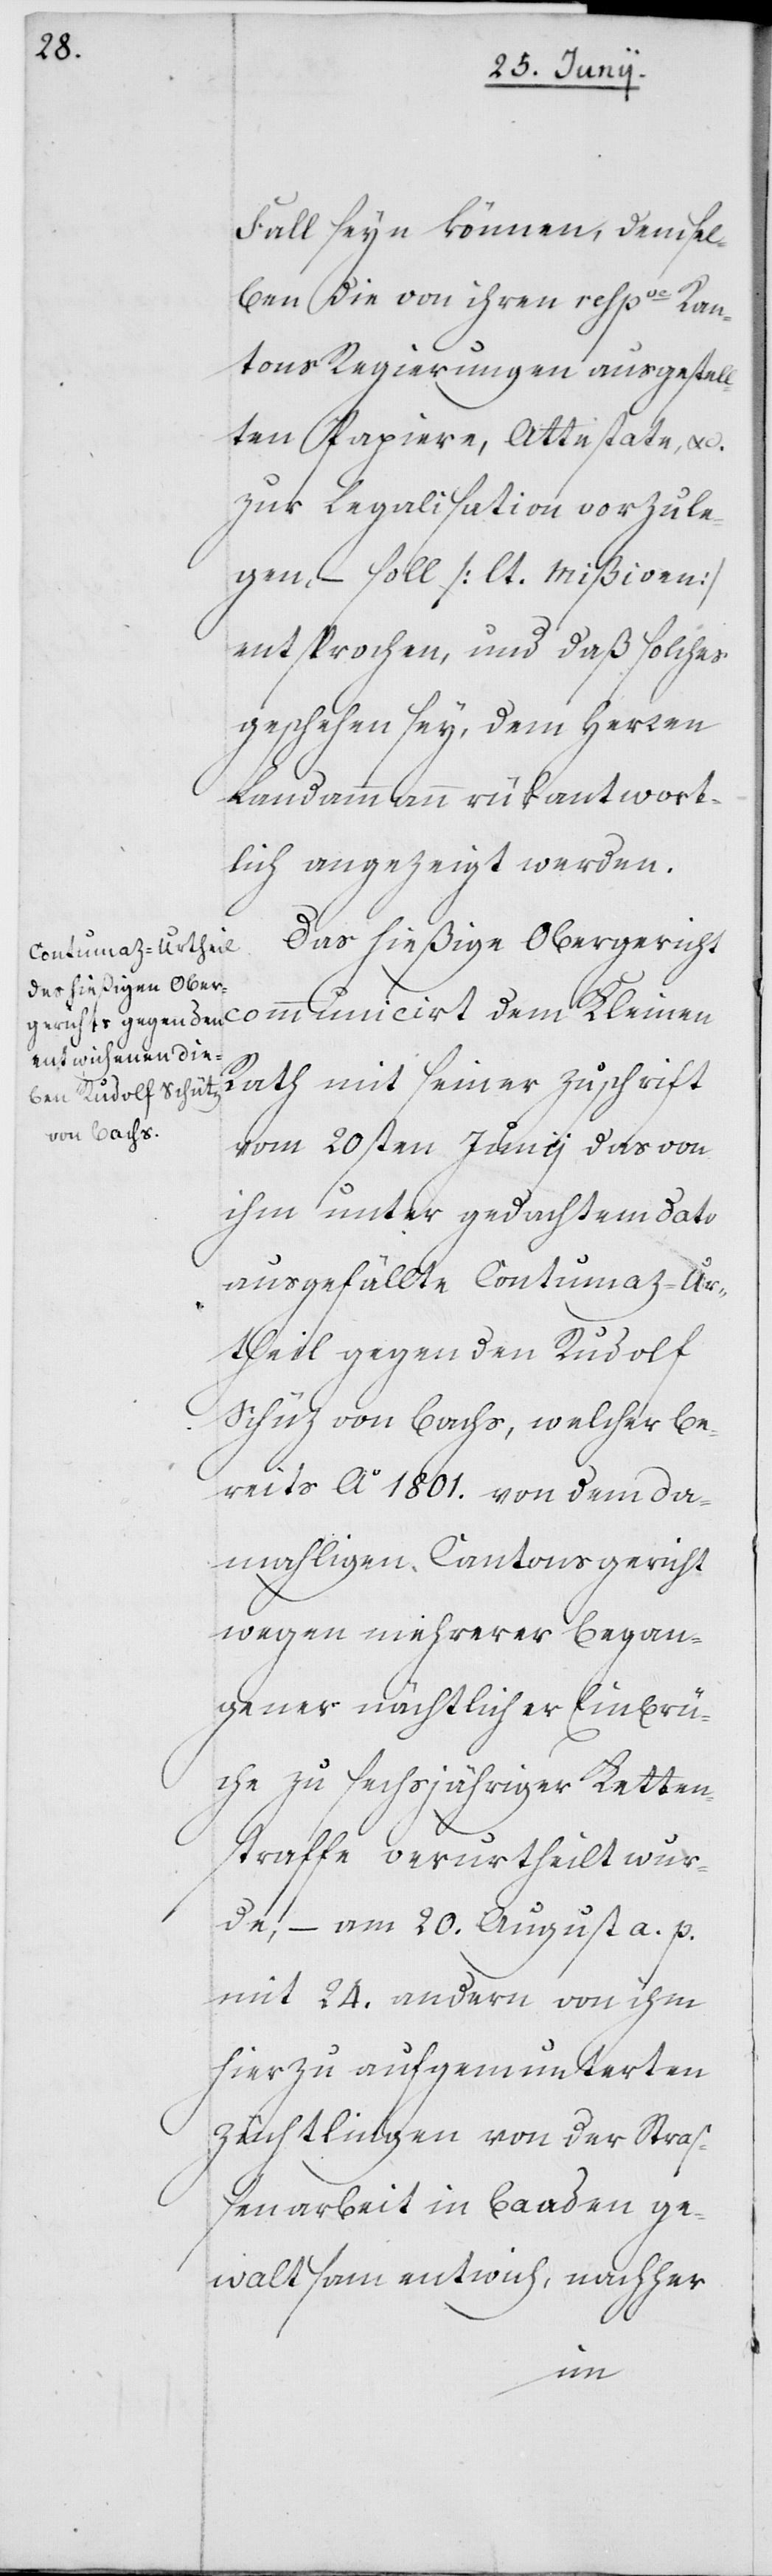
Fall seyn können, demsel¬
ben die von ihren respve Kan¬
tons Regierungen ausgestell¬
ten Papiere, Atteste, etc.
zur Legalisation vorzule¬
gen, – soll [lt. Mißiven]
entsprochen, und daß solches
geschehen sey, dem Herren
Landammann rükantwort¬
lich angezeigt werden.
Das hießige Obergericht
communicert dem Kleinen
Rath mit seiner Zuschrift
vom 20sten Junii das von
ihm unter gedachtem dato
ausgefällte Contumaz-Ur¬
theil gegen den Rudolf
[sic!] von Bachs, welcher be¬
reits Ao1801. von dem da¬
mahligen Cantonsgericht
wegen mehrerer began¬
gener nächtlicher Einbrü¬
che zu sechsjähriger Ketten¬
straffe verurtheilt wur¬
de, – am 20. August a. p.
mit 24. andern von ihm
hierzu aufgemunterten
Züchtlingen von der Straß¬
enarbeit in Baaden ge¬
waltsam entwich, nachher